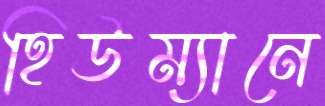
হিউম্যানে